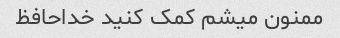
ممنون میشم کمک کنید خداحافظ